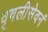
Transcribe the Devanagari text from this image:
वृषलीसेवनं